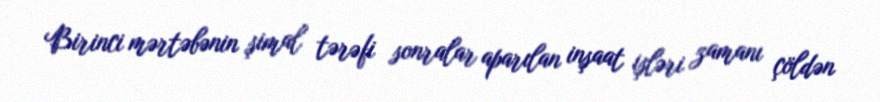
Birinci mərtəbənin şimal tərəfi sonralar aparılan inşaat işləri zamanı çöldən